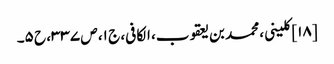
[۱۸] کلینی، محمد بن یعقوب، الکافی، ج ۱، ص ۳۳۷، ح ۵۔